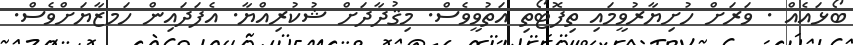
ބޯޅައެއް . ވަރަށް ހުށިޔާރުވީމައި ތިފޮޓޯތި އަތުވީވެސް. މިޤުދާދަށް ޝުކުރިއްޔާ. އެފަދައިން ހަމޒާޔަށްވެސް.